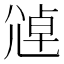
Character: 𫵑